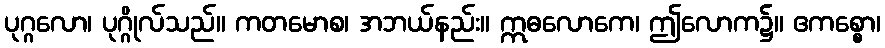
ပုဂ္ဂလော၊ ပုဂ္ဂိုလ်သည်။ ကတမောစ၊ အဘယ်နည်း။ ဣဓလောကေ၊ ဤလောက၌။ ဧကစ္စော၊